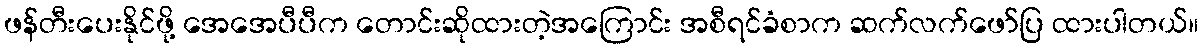
ဖန်တီးပေးနိုင်ဖို့ အေအေပီပီက တောင်းဆိုထားတဲ့အကြောင်း အစီရင်ခံစာက ဆက်လက်ဖော်ပြ ထားပါတယ်။